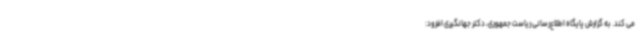
می کند. به گزارش پایگاه اطلاع‌رسانی ریاست جمهوری، دکتر جهانگیری افزود: